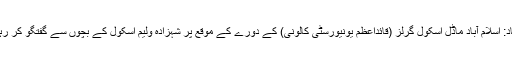
اسلام آباد: اسلام آباد ماڈل اسکول گرلز (قائداعظم یونیورسٹی کالونی) کے دورے کے موقع پر شہزادہ ولیم اسکول کے بچوں سے گفتگو کر رہے ہیں۔